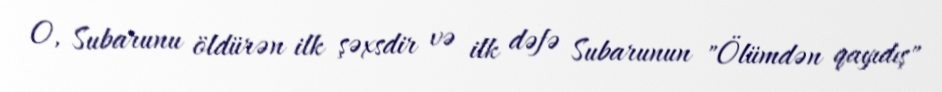
O, Subarunu öldürən ilk şəxsdir və ilk dəfə Subarunun "Ölümdən qayıdış"